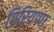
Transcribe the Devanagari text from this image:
गिरियप्पा